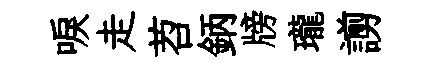
唳走苕鈵牓瓏謭